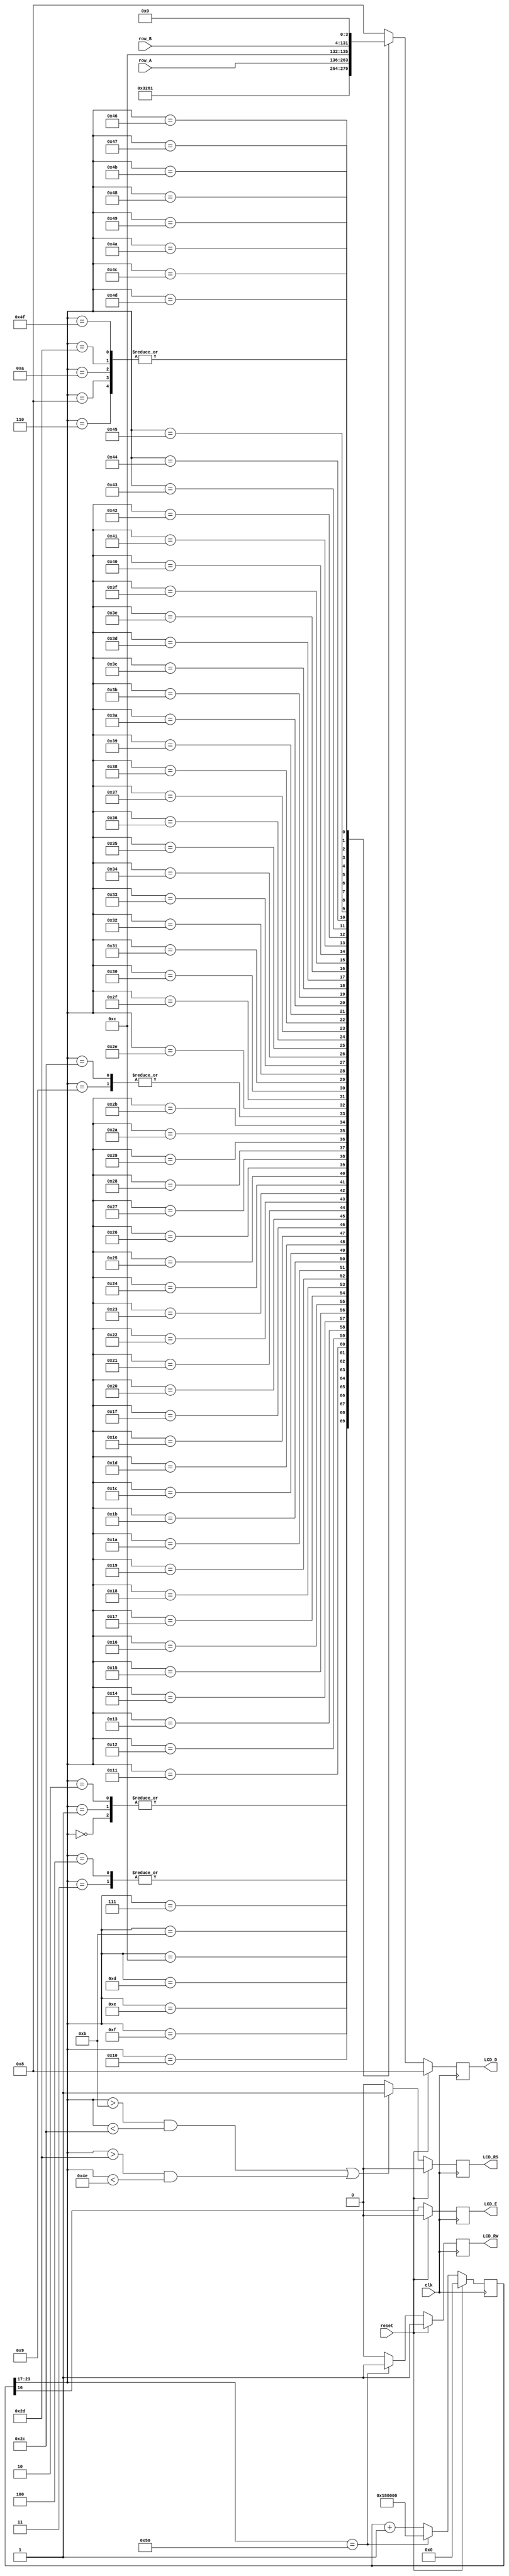
module LCD_module(
    input clk,
    input reset,
    input [127:0] row_A,
    input [127:0] row_B,
    output reg LCD_E,
    output reg LCD_RS,     // register select 
    output reg LCD_RW,     // read / write 
    output reg [3:0] LCD_D // data
    );
    
    reg [23:0] count;
    
    always @ (posedge clk) begin 
      if (reset) begin
        count <= 0;
        LCD_D <= 4'h8;
        LCD_RW <= 1;
        LCD_RS <= 0;
        LCD_E <= 0;
      end
      else begin
        count <= (count[23:17] == 80) ? {7'd12, 17'd0} : (count + 1);
        case (count[23:17])
          //power on init 
          0  : LCD_D <= 4'h3;
          1  : LCD_D <= 4'h3;
          2  : LCD_D <= 4'h3;
          3  : LCD_D <= 4'h2;
          //function set 
          //send 00 and uper nibble 0010 then the lower nibble 10xx
          4  : LCD_D <= 4'h2;
          5  : LCD_D <= 4'h8;
          //entry mode 
          //send 00 and upper nibble 0000, then 00 and lower nibble 0 1 I/D S
          //last 2 bits of lower nibble : I/D bit (Incr 1, Decr 0) , S bit (shift 1 , no shift 0 )
          6  : LCD_D <= 4'h0;
          7  : LCD_D <= 4'h6;    // 0110 : Incr , shift disable 
          //Display On/Off
          //send 00 and uper nibble 0000, then 00 and lower nibble 1 D C B
          //D : 1 show char represented by code in DDR, 0 don't, but code remain ??
          //C : 1 show cursor, 0 don't 
          //B : 1 cursor blinks (if shown), 0 don't (if shown)
          8  : LCD_D <= 4'h0;    
          9  : LCD_D <= 4'hC;    // lower nibble 1100 (1 D C B)
          //clear display , 00 and upper nibble 0000, 00 and lower nibble 0001
          10 : LCD_D <= 4'h0;    // Clear Display, 00 and upper nibble 0000 
          11 : LCD_D <= 4'h1;    // 00 and lower nibble 0001
          //Characters are given out, the cursor will advance to the right
          //write data to DDRAM (or CG RAM)
          12 : LCD_D <= row_A[127:124];
          13 : LCD_D <= row_A[123:120];
          14 : LCD_D <= row_A[119:116];
          15 : LCD_D <= row_A[115:112];
          16 : LCD_D <= row_A[111:108];
          17 : LCD_D <= row_A[107:104];
          18 : LCD_D <= row_A[103:100];
          19 : LCD_D <= row_A[99 :96 ];
          20 : LCD_D <= row_A[95 :92 ];
          21 : LCD_D <= row_A[91 :88 ];
          22 : LCD_D <= row_A[87 :84 ];
          23 : LCD_D <= row_A[83 :80 ];
          24 : LCD_D <= row_A[79 :76 ];
          25 : LCD_D <= row_A[75 :72 ];
          26 : LCD_D <= row_A[71 :68 ];
          27 : LCD_D <= row_A[67 :64 ];
          28 : LCD_D <= row_A[63 :60 ];
          29 : LCD_D <= row_A[59 :56 ];
          30 : LCD_D <= row_A[55 :52 ];
          31 : LCD_D <= row_A[51 :48 ];
          32 : LCD_D <= row_A[47 :44 ];
          33 : LCD_D <= row_A[43 :40 ];
          34 : LCD_D <= row_A[39 :36 ];
          35 : LCD_D <= row_A[35 :32 ];
          36 : LCD_D <= row_A[31 :28 ];
          37 : LCD_D <= row_A[27 :24 ];
          38 : LCD_D <= row_A[23 :20 ];
          39 : LCD_D <= row_A[19 :16 ];
          40 : LCD_D <= row_A[15 :12 ];
          41 : LCD_D <= row_A[11 :8  ];
          42 : LCD_D <= row_A[7  :4  ];
          43 : LCD_D <= row_A[3  :0  ];
          //set RAM address 
          //position the cursor onto the start of  the 2nd line 
          //send 00 and upper nibble 1???, ??? is the hightest 3 bits of the DDR
          //address to move the cursor to, then 00 and lower 4 bits of the address
          //so ??? is 100 and then 0000 for h40
          44 : LCD_D <= 4'hC;
          45 : LCD_D <= 4'h0;
          //Characters are given out, the cursor will advance to the right
          //write data to DDRAM (or CG RAM)            
          46 : LCD_D <= row_B[127:124];
          47 : LCD_D <= row_B[123:120];
          48 : LCD_D <= row_B[119:116];
          49 : LCD_D <= row_B[115:112];
          50 : LCD_D <= row_B[111:108];
          51 : LCD_D <= row_B[107:104];
          52 : LCD_D <= row_B[103:100];
          53 : LCD_D <= row_B[99 :96 ];
          54 : LCD_D <= row_B[95 :92 ];
          55 : LCD_D <= row_B[91 :88 ];
          56 : LCD_D <= row_B[87 :84 ];
          57 : LCD_D <= row_B[83 :80 ];
          58 : LCD_D <= row_B[79 :76 ];
          59 : LCD_D <= row_B[75 :72 ];
          60 : LCD_D <= row_B[71 :68 ];
          61 : LCD_D <= row_B[67 :64 ];
          62 : LCD_D <= row_B[63 :60 ];
          63 : LCD_D <= row_B[59 :56 ];
          64 : LCD_D <= row_B[55 :52 ];
          65 : LCD_D <= row_B[51 :48 ];
          66 : LCD_D <= row_B[47 :44 ];
          67 : LCD_D <= row_B[43 :40 ];
          68 : LCD_D <= row_B[39 :36 ];
          69 : LCD_D <= row_B[35 :32 ];
          70 : LCD_D <= row_B[31 :28 ];
          71 : LCD_D <= row_B[27 :24 ];
          72 : LCD_D <= row_B[23 :20 ];
          73 : LCD_D <= row_B[19 :16 ];
          74 : LCD_D <= row_B[15 :12 ];
          75 : LCD_D <= row_B[11 :8  ];
          76 : LCD_D <= row_B[7  :4  ];
          77 : LCD_D <= row_B[3  :0  ];
          //set RAM address back
          78 : LCD_D <= 4'h8;
          79 : LCD_D <= 4'h0;
          //read busy flag
          default: LCD_D <= 4'h8;
        endcase 
        LCD_E <= count[16];
        LCD_RS <= ( (count[23:17] > 11 && count[23:17] < 44) || (count[23:17] > 45 && count[23:17] < 78) ) ? 1 : 0;
        LCD_RW <= (count[23:17] == 80) ? 1 : 0;
      end
    end 
endmodule